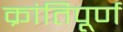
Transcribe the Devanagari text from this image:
क्रांतिपूर्ण